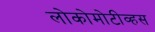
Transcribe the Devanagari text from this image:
लोकोमोटीव्हस